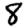
Digit: 8